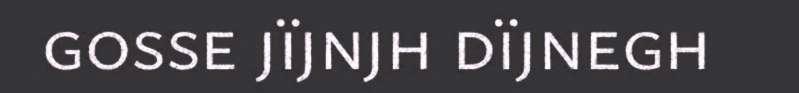
gosse jïjnjh dïjnegh